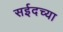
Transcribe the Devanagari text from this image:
सईदच्या